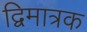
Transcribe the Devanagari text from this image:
द्विमात्रक